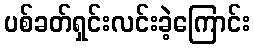
ပစ်ခတ်ရှင်းလင်းခဲ့ကြောင်း